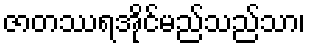
ဇာတဿရအိုင်မည်သည်သာ၊